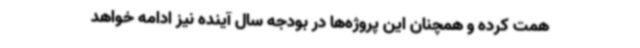
همت کرده و همچنان این پروژه‌ها در بودجه سال آینده نیز ادامه خواهد